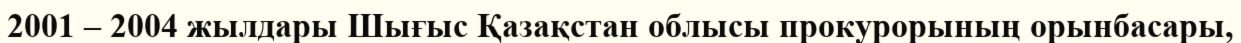
2001 – 2004 жылдары Шығыс Қазақстан облысы прокурорының орынбасары,